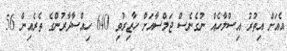
އެއަށް އިތުރު އިސްލާހެއް ނުގެނެސް ޖަލްސާއަށް ހާޒިރުވި 640 ހިއްސާދާރުންގެ ތެރެއިން 56